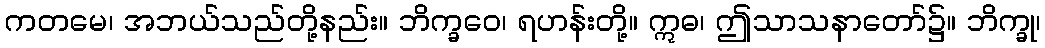
ကတမေ၊ အဘယ်သည်တို့နည်း။ ဘိက္ခဝေ၊ ရဟန်းတို့။ ဣဓ၊ ဤသာသနာတော်၌။ ဘိက္ခု၊